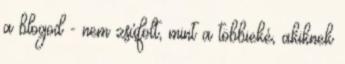
a blogod - nem zsúfolt, mint a többieké, akiknek